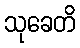
သုခေတိ